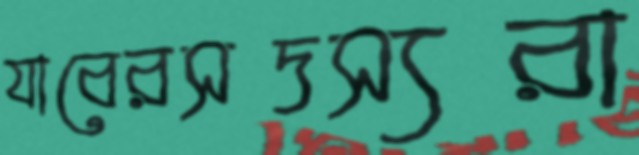
যাবেরসদস্যরা